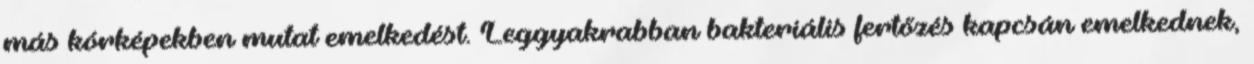
más kórképekben mutat emelkedést. Leggyakrabban bakteriális fertőzés kapcsán emelkednek,